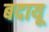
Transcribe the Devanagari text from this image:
बदायू